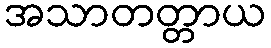
အသာတတ္တာယ